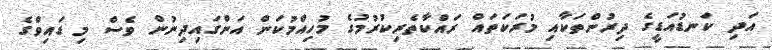
އަދި ކަނޑުއަޑީގެ ދިރުންތަކާއި މުރަކަތައް ރައްކާތެރިކުރުމުގެ މުހިއްމުކަން އަންގައިދިނުން ވެސް މި ޑައިވްގެ